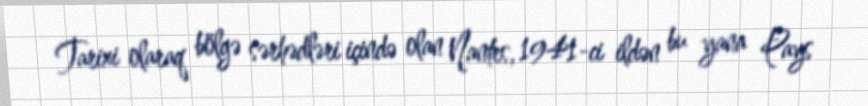
Tarixi olaraq bölgə sərhədləri içində olan Nantes, 1941-ci ildən bu yana Pays